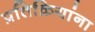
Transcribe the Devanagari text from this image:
प्रतिक्रियांना